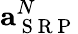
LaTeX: \mathbf{a}_{\mathrm{~S~R~P~}}^{N}